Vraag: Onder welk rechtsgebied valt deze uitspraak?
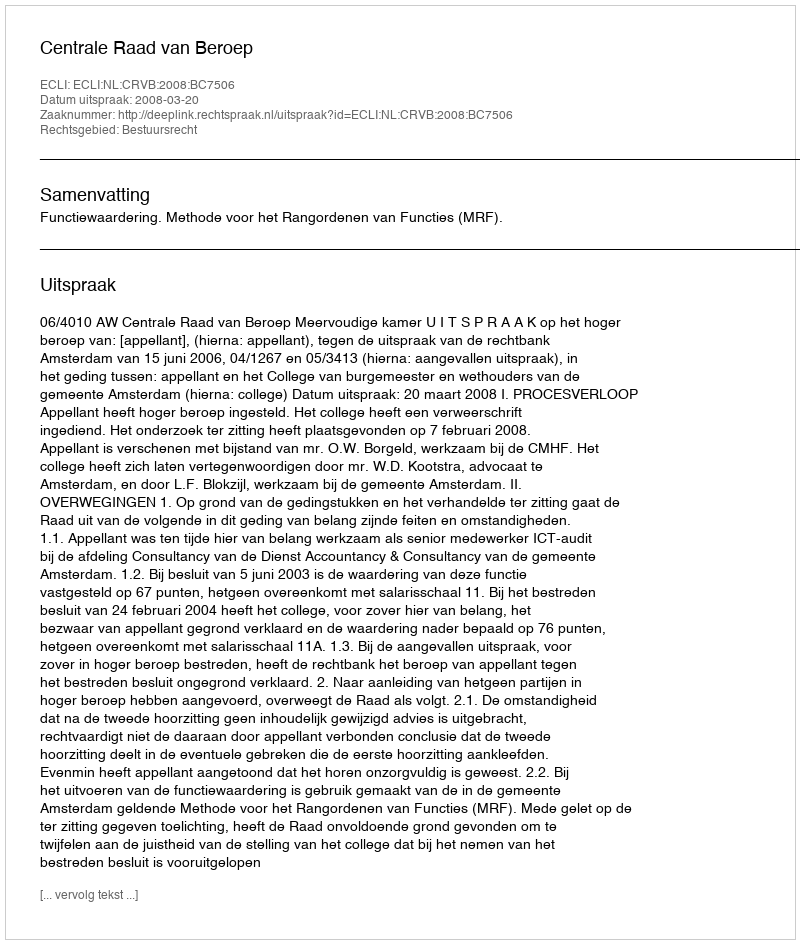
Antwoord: Bestuursrecht